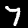
Digit: 7